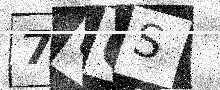
Text: 78QS